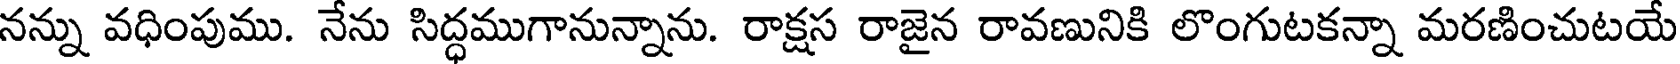
నన్ను వధింపుము. నేను సిద్ధముగానున్నాను. రాక్షస రాజైన రావణునికి లొంగుటకన్నా మరణించుటయే